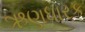
ઋણધારક